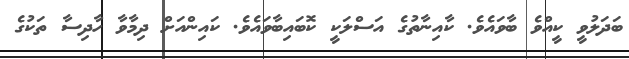
ބަދަލުވީ ކީއްވެ ބާވައެވެ. ކާއިނާތުގެ އަސްލަކީ ކޮބައިބާވައެވެ. ކައިންއަށް ދިމާވާ ހާދިސާ ތަކުގެ